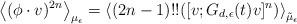
LaTeX: \begin{align*}\left<(\phi\cdot v)^{2n}\right>_{\mu_\epsilon} = \left<(2n-1)!!([v;G_{d,\epsilon}(t)v]^{n})\right>_{\tilde{\mu}_\epsilon}\end{align*}